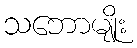
သဘောမျိုး